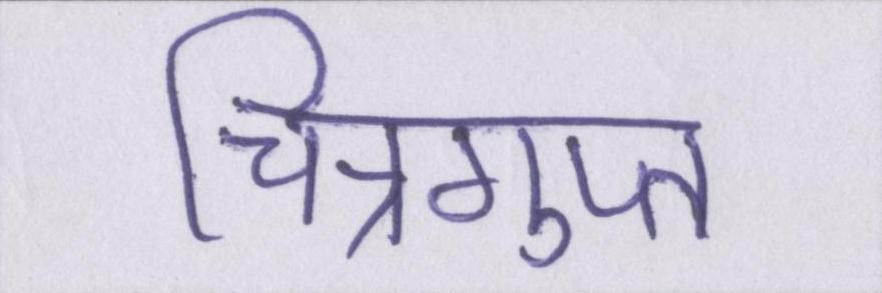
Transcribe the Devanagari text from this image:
चित्रगुप्त